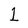
Character: 1